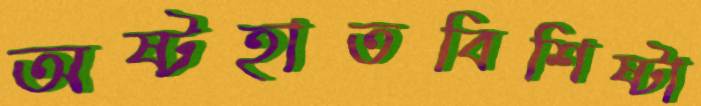
অষ্টহাতবিশিষ্টা